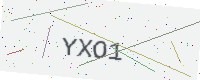
Text: YXO1